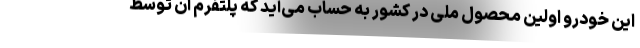
این خودرو اولین محصول ملی در کشور به حساب می‌آید که پلتفرم آن توسط